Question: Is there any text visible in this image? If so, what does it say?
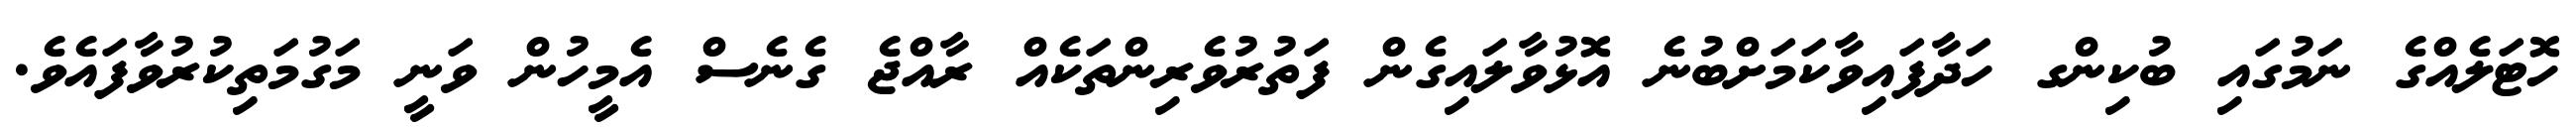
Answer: ހޮޓަލެއްގެ ނަމުގައި ބުކިންގ ހަދާފައިވާކަމަށްބުނެ އޮޅުވާލައިގެން ފަތުރުވެރިންތަކެއް ރާއްޖެ ގެނެސް އެމީހުން ވަނީ މަގުމަތިކުރުވާފައެވެ.